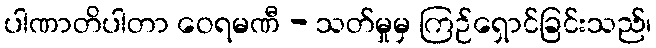
ပါဏာတိပါတာ ဝေရမဏီ - သတ်မှုမှ ကြဉ်ရှောင်ခြင်းသည်၊